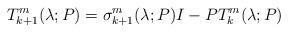
LaTeX: \begin{align*} T_{k+1}^m(\lambda;P) = \sigma_{k+1}^m(\lambda;P)I - PT_k^m(\lambda;P) \end{align*}